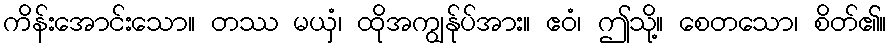
ကိန်းအောင်းသော။ တဿ မယှံ၊ ထိုအကျွန်ုပ်အား။ ဧဝံ၊ ဤသို့။ စေတသော၊ စိတ်၏။